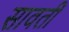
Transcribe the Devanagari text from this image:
सावतीं